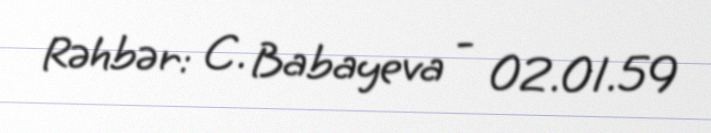
Rəhbər: C. Babayeva - 02.01.59